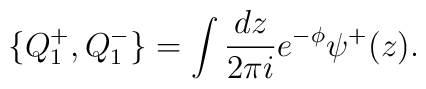
\{ Q^{+}_{1}, Q^{-}_{1}\}=\int {dz\over 2\pi i}e^{-\phi}\psi^{+}(z).